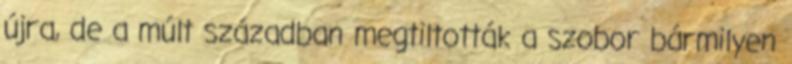
újra, de a múlt században megtiltották a szobor bármilyen